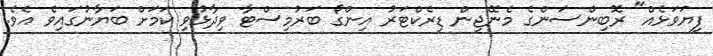
ފިޔަވަޅެއް" ރޮބިންސަންގެ މެނޭޖިން ޑިރެކްޓަރު އިންގޯ ބަރުމިސްޓާ ވިދާޅުވި ކަމަށް ބަޔާނުގައިވެ އެވެ.